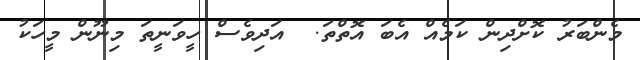
މެންބަރު ކޮށްދިން ކަމެއް އެބަ އޮތްތަ.  އަދިވެސް ހީވަނީތަ މިނޫން މީހަކު